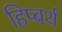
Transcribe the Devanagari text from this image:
हिप्बर्थ